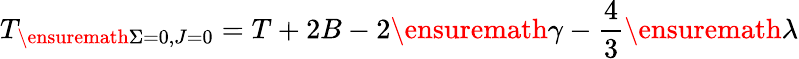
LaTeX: T_{\ensuremath{\Sigma}=0,J=0}=T+2B-2\ensuremath{\gamma}-\frac{4}{3}\ensuremath{\lambda}